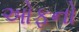
ઓફનો